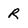
Character: r